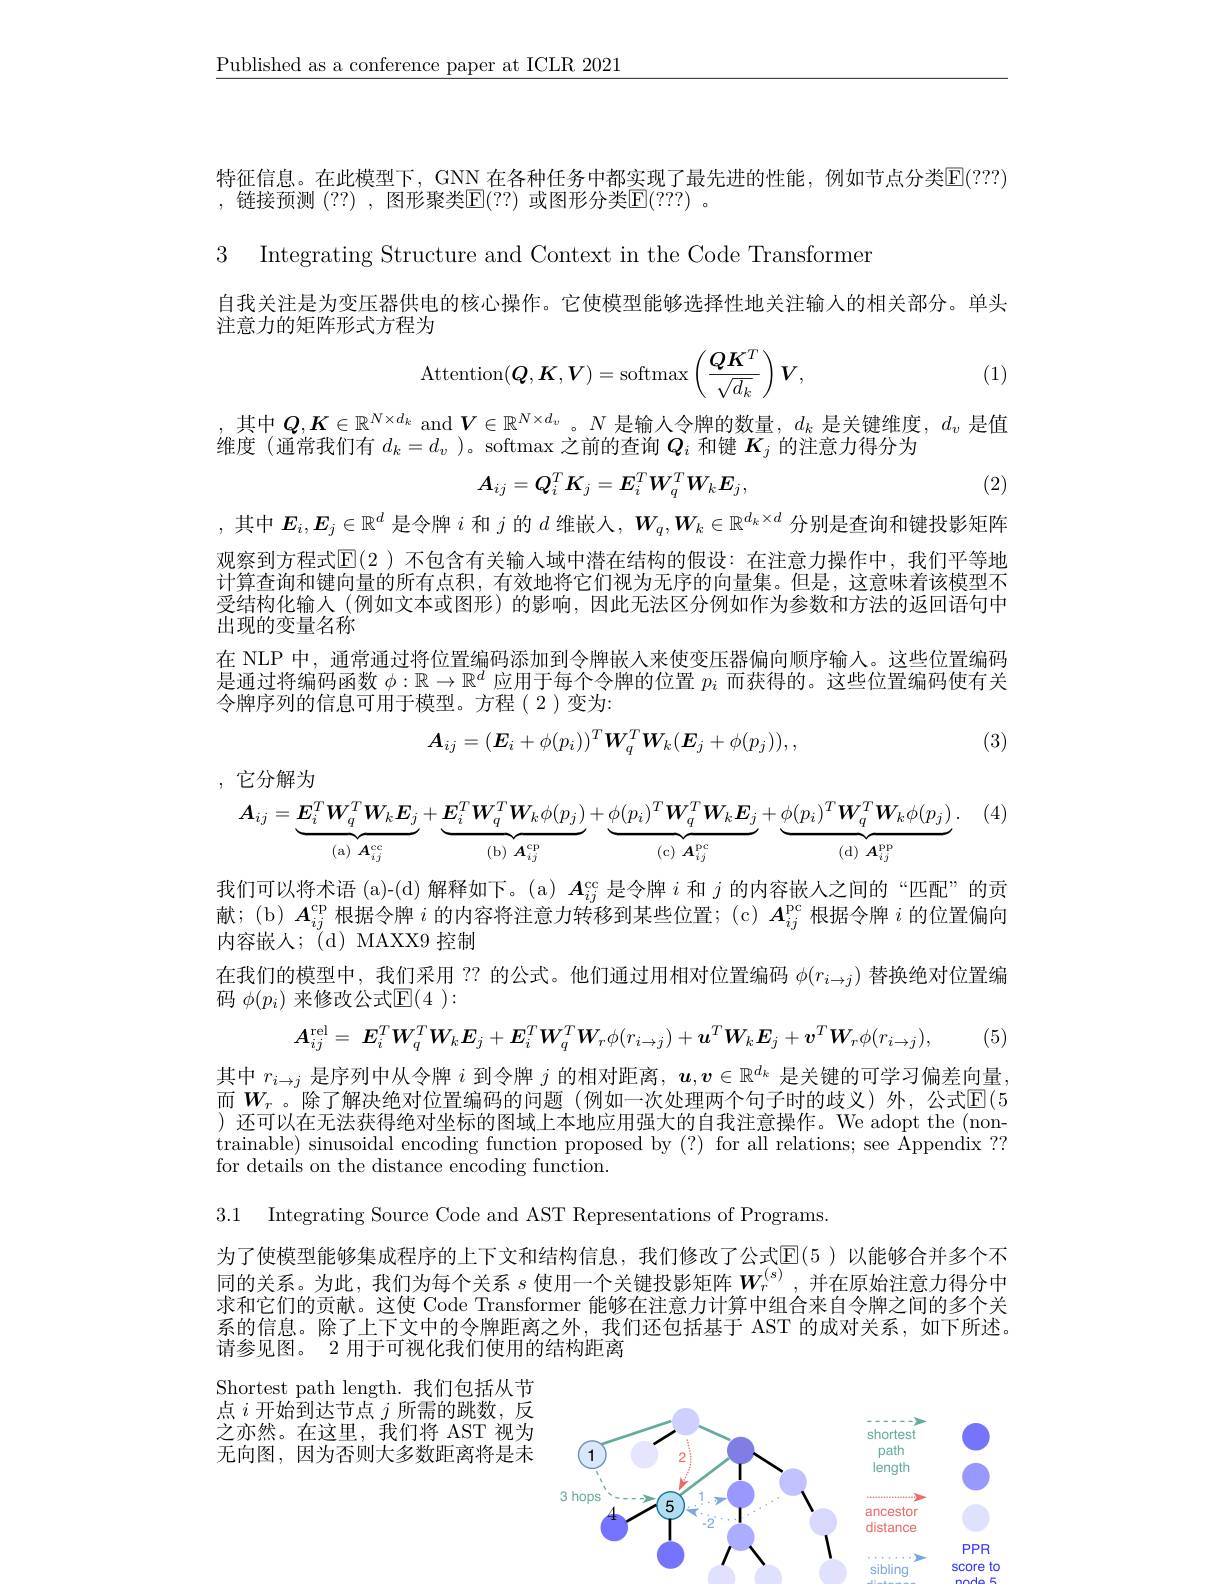
$\underline{\text{Published as a conference paper at ICLR 2021}}$

特征信息。在此模型下，GNN 在各种任务中都实现了最先进的性能，例如节点分类E(???)
, 链接预测 (??) ,图形聚类$\mathbb{E}(??)$ 或图形分类$\mathbb{E}(???)$ 。

3 Integrating Structure and Context in the Code Transformer

自我关注是为变压器供电的核心操作。它使模型能够选择性地关注输人的相关部分。单头
注意力的矩阵形式方程为
$$\mathrm{Attention}(\boldsymbol{Q},\boldsymbol{K},\boldsymbol{V})=\mathrm{softmax}\left(\frac{\boldsymbol{Q}\boldsymbol{K}^T}{\sqrt{d_k}}\right)\boldsymbol{V},$$
(1)

$\begin{array}{c}\text{,其中 }Q,\boldsymbol{K}\in\mathbb{R}^{N\times d_k}\mathrm{~and~}\boldsymbol{V}\in\mathbb{R}^{N\times d_v}\mathrm{。}N\text{ 是输入令牌的数量 },d_k\text{ 是关键维度 },d_v\text{ 是值}\\\text{维度 }(\text{通常我们有 }d_k=d_v\mathrm{~})\mathrm{。softmax~之前的查询~}\boldsymbol{Q}_i\text{ 和键 }\boldsymbol{K}_j\text{ 的注意力得分为}\end{array}$
$$A_{ij}=Q_i^TK_j=E_i^TW_q^TW_kE_j,$$
(2)

,其中$E_i,E_j\in\mathbb{R}^d$是令牌$i$和$j$的$d$维嵌人，$W_q,W_k\in\mathbb{R}^{d_k\times d}$分别是查询和键投影矩阵观察到方程式$\mathbb{E}(2$ )不包含有关输入域中潜在结构的假设：在注意力操作中，我们平等地计算查询和键向量的所有点积，有效地将它们视为无序的向量集。但是，这意味着该模型不受结构化输人 (例如文本或图形)的影响，因此无法区分例如作为参数和方法的返回语句中出现的变量名称
在 NLP 中，通常通过将位置编码添加到令牌嵌入来使变压器偏向顺序输入。这些位置编码是通过将编码函数$\phi:\mathbb{R}\to\mathbb{R}^d$应用于每个令牌的位置$p_i$而获得的。这些位置编码使有关令牌序列的信息可用于模型。方程(2)变为：
$$\boldsymbol{A}_{ij}=(\boldsymbol{E}_i+\phi(p_i))^T\boldsymbol{W}_q^T\boldsymbol{W}_k(\boldsymbol{E}_j+\phi(p_j)),$$
(3)

,它分解为
$$\boldsymbol{A}_{ij}=\underbrace{\boldsymbol{E}_{i}^{T}\boldsymbol{W}_{q}^{T}\boldsymbol{W}_{k}\boldsymbol{E}_{j}}_{\mathrm{(a)~}\boldsymbol{A}_{ij}^{\mathrm{cc}}}+\underbrace{\boldsymbol{E}_{i}^{T}\boldsymbol{W}_{q}^{T}\boldsymbol{W}_{k}\phi(p_{j})}_{\mathrm{(b)~}\boldsymbol{A}_{ij}^{\mathrm{cp}}}+\underbrace{\phi(p_{i})^{T}\boldsymbol{W}_{q}^{T}\boldsymbol{W}_{k}\boldsymbol{E}_{j}}_{\mathrm{(c)~}\boldsymbol{A}_{ij}^{\mathrm{pc}}}+\underbrace{\phi(p_{i})^{T}\boldsymbol{W}_{q}^{T}\boldsymbol{W}_{k}\phi(p_{j})}_{\mathrm{(d)~}\boldsymbol{A}_{ij}^{\mathrm{pp}}}.$$
(4)

我们可以将术语 (a)-(d)解释如下。(a)$\boldsymbol{A}_ij^\mathrm{cc}$是令牌$i$和$j$的内容嵌人之间的“匹配”的贡献；(b) $A_ij^\mathrm{cp}$根据令牌$i$的内容将注意力转移到某些位置；(c) $A_ij^\mathrm{pc}$根据令牌$i$的位置偏向内容嵌人；(d)MAXX9控制
在我们的模型中，我们采用 ?? 的公式。他们通过用相对位置编码$\phi(r_{i\to j})$替换绝对位置编
码 $\phi(p_i)$ 来修改公式$\mathbb{E}(4):$
$$\boldsymbol{A}_{ij}^{\mathrm{rel}}=\:\boldsymbol{E}_{i}^{T}\boldsymbol{W}_{q}^{T}\boldsymbol{W}_{k}\boldsymbol{E}_{j}+\boldsymbol{E}_{i}^{T}\boldsymbol{W}_{q}^{T}\boldsymbol{W}_{r}\phi(r_{i\rightarrow j})+\boldsymbol{u}^{T}\boldsymbol{W}_{k}\boldsymbol{E}_{j}+\boldsymbol{v}^{T}\boldsymbol{W}_{r}\phi(r_{i\rightarrow j}),$$
(5)

其中$r_i\to j$是序列中从令牌$i$到令牌$j$的相对距离，$\boldsymbol{u},\boldsymbol{v}\in\mathbb{R}^d_k$是关键的可学习偏差向量， 而$\boldsymbol{W}_r$。除了解决绝对位置编码的问题(例如一次处理两个句子时的歧义)外，公式$\mathsf{E}(5$ )还可以在无法获得绝对坐标的图域上本地应用强大的自我注意操作。We adopt the (nontrainable) sinusoidal encoding function proposed by (?) for all relations; see $\dot{\text{Appendix}}??$ for details on the distance encoding function.

3.1 Integrating Source Code and AST Representations of Programs.

为了使模型能够集成程序的上下文和结构信息，我们修改了公式$\mathbb{E}(5$ )以能够合并多个不同的关系。为此，我们为每个关系 $s$ 使用一个关键投影矩阵$W_r^{(\mathrm{s})}$,并在原始注意力得分中求和它们的贡献。这使 Code Transformer 能够在注意力计算中组合来自令牌之间的多个关系的信息。除了上下文中的令牌距离之外，我们还包括基于 AST 的成对关系，如下所述。请参见图。2 用于可视化我们使用的结构距离

Shortest path length. 我们包括从节点$i$开始到达节点$j$所需的跳数，反之亦然。在这里，我们将 AST 视为无向图，因为否则大多数距离将是未

<FigureHere>